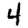
Digit: 4